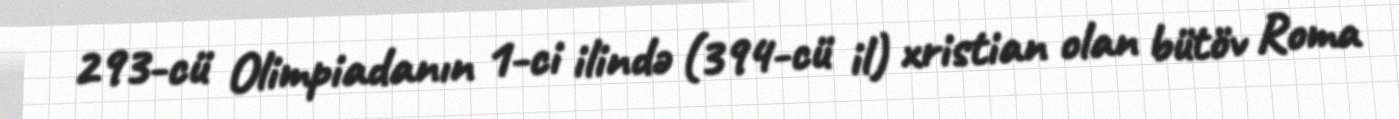
293-cü Olimpiadanın 1-ci ilində (394-cü il) xristian olan bütöv Roma